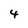
Character: 4